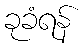
ခုခံရန်